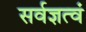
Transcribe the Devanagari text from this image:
सर्वज्ञत्वं